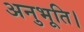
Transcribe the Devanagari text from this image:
अनुभूति।